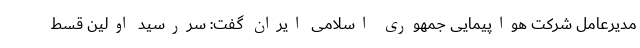
مدیرعامل شرکت هواپیمایی جمهوری اسلامی ایران گفت: سررسید اولین قسط